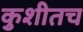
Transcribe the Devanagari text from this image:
कुशीतच